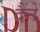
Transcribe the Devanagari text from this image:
दैंने